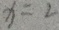
x = 2